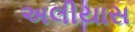
અલીયાસ